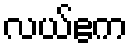
လယ်ဧက